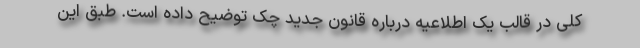
کلی در قالب یک اطلاعیه درباره قانون جدید چک توضیح داده است. طبق این